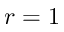
r = 1